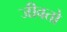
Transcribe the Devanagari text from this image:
जीवतो